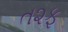
ત૨ફ